NAE_ERA_R-2362_Emakeele_Selts, lk 35
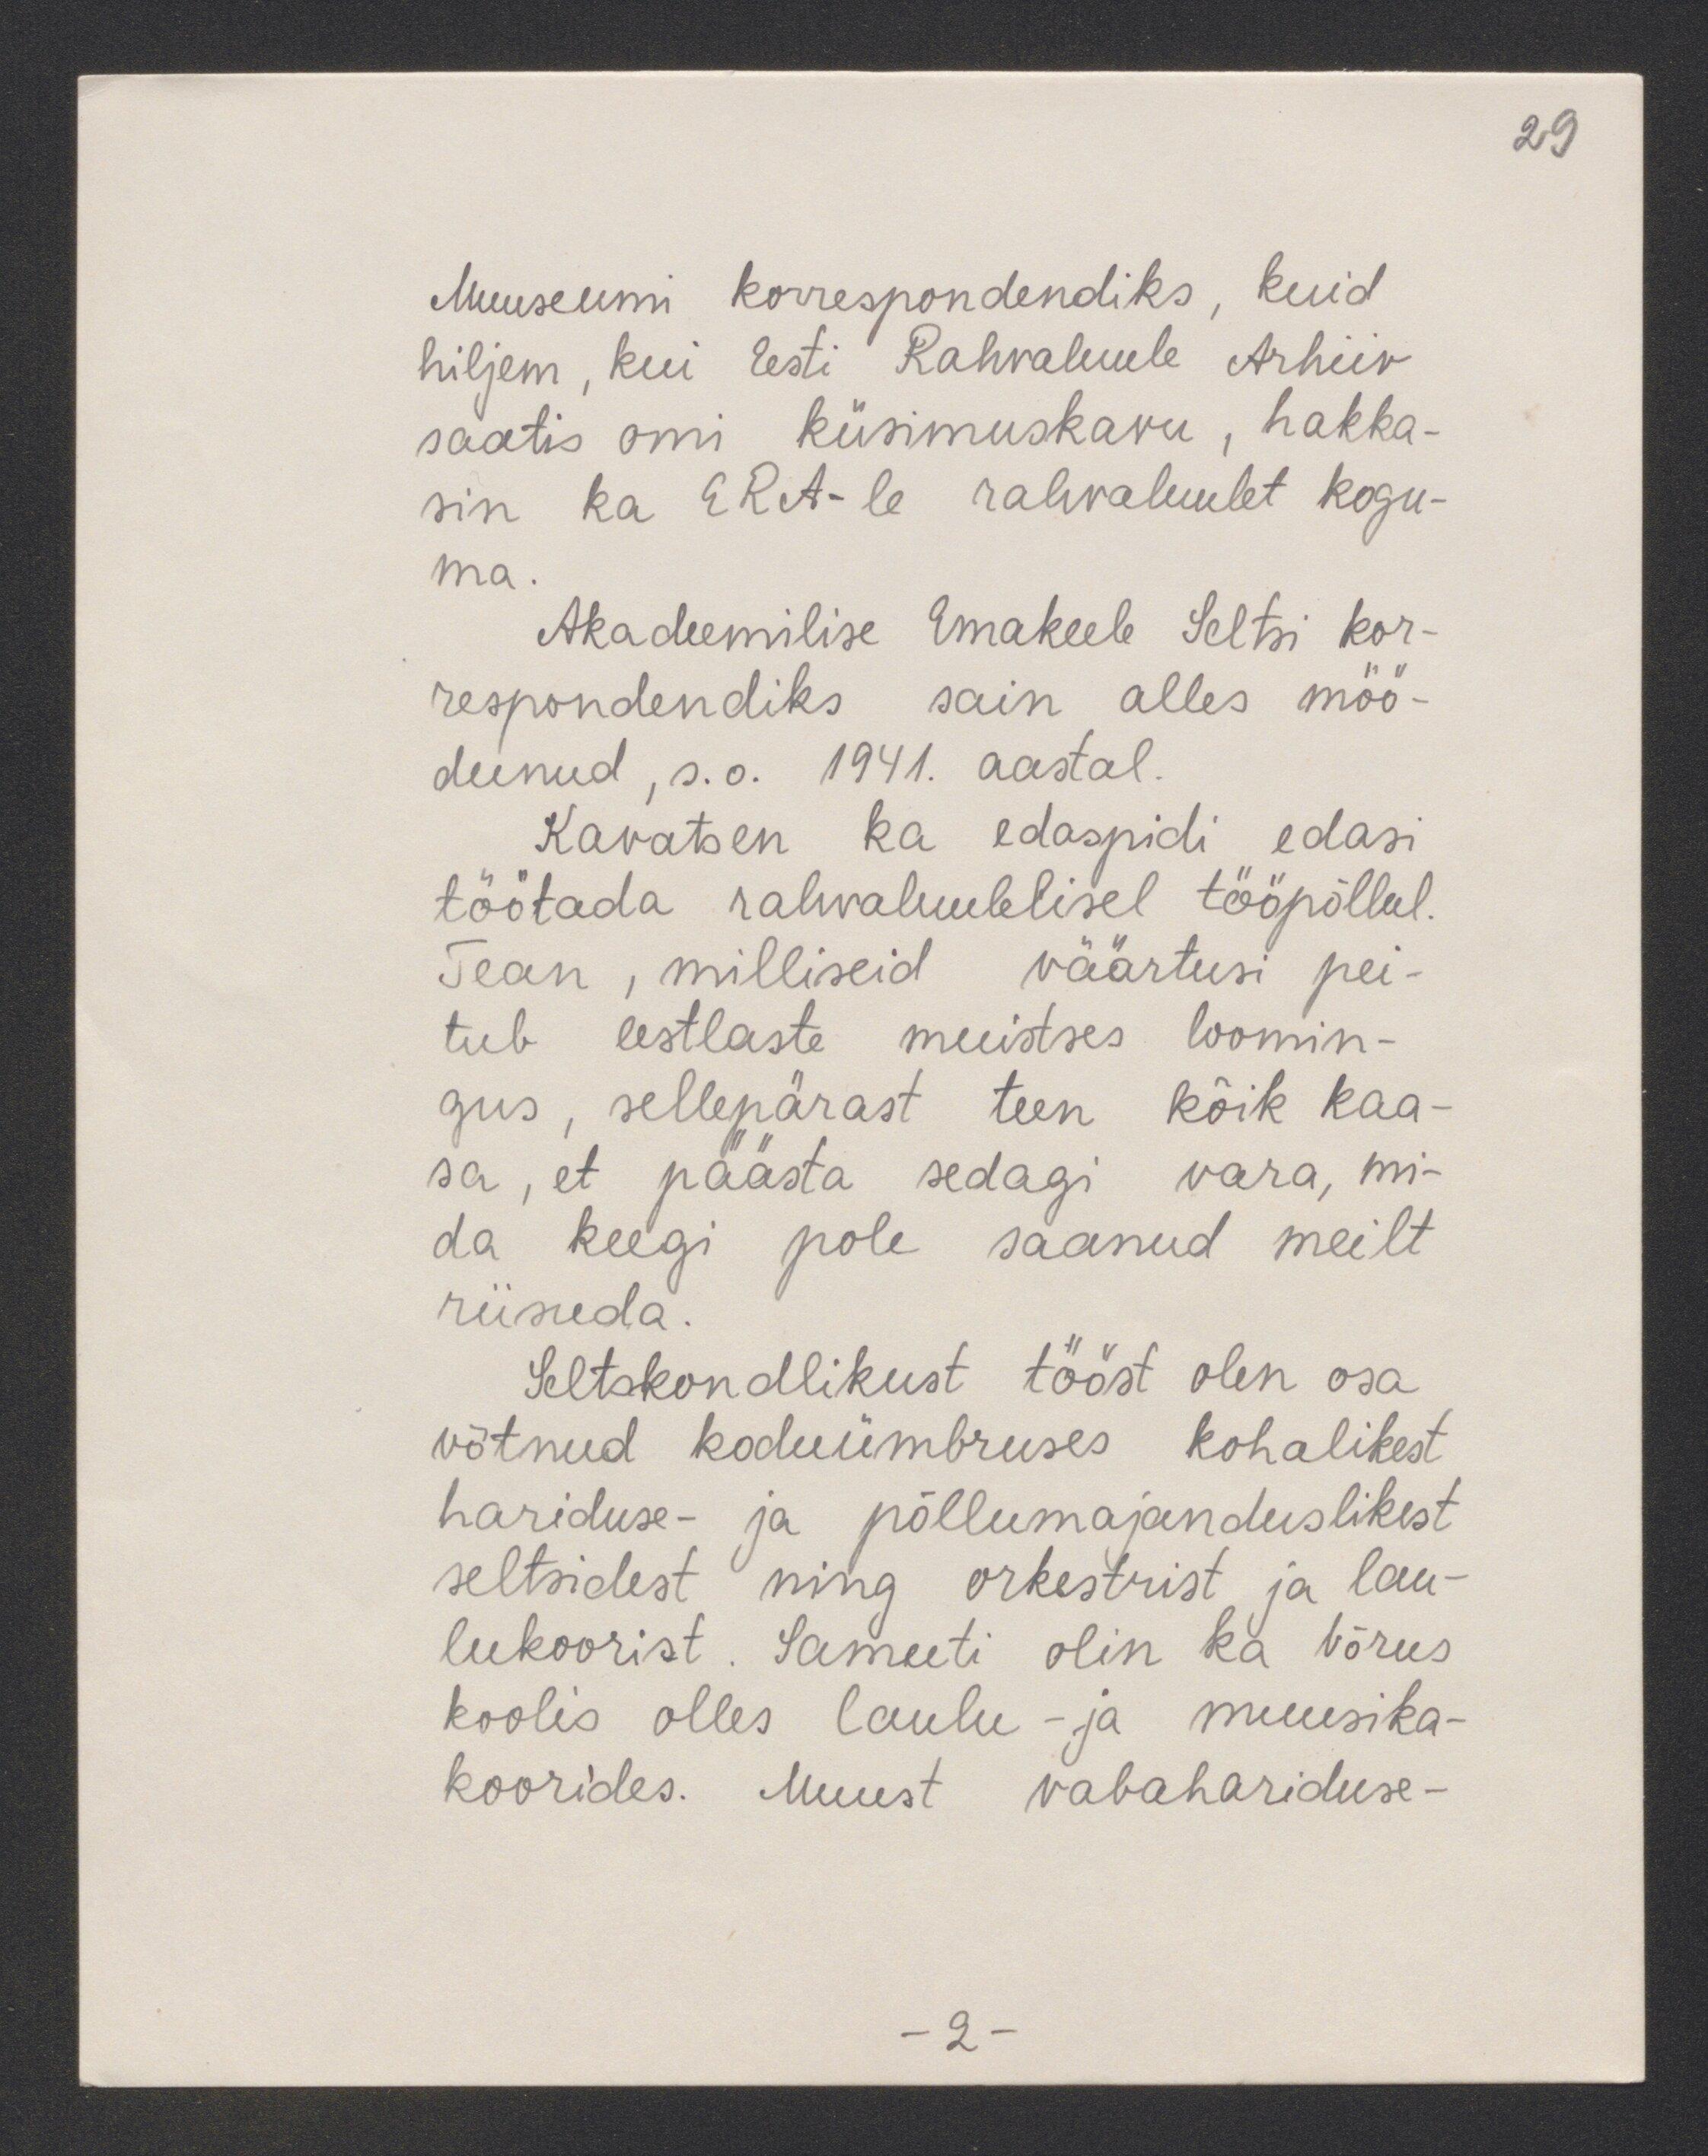
29

Muuseumi korrespondendiks, kuid
hiljem, kui Eesti Rahvaluule Arhiiv
saatis omi küsimuskavu, hakka-
sin ka ERA-le rahvaluulet kogu-
ma.
Akadeemilise Emakeele Seltsi kor-
respondendiks sain alles möö-
dunud, s.o. 1941. aastal.
Kavatsen ka edaspidi edasi
töötada rahvaluulelisel tööpõllul.
Tean, milliseid väärtusi pei-
tub eestlaste muistses loomin-
gus, sellepärast teen kõik kaa-
sa, et päästa sedagi vara, mi-
da keegi pole saanud meilt
riisuda.
Seltskondlikust tööst olen osa
võtnud koduümbruses kohalikest
hariduse- ja põllumajanduslikest
seltsidest ning orkestrist ja lau-
lukoorist. Samuti olin ka Võrus
koolis olles laulu- ja muusika-
koorides. Muust vabahariduse-

-2 -